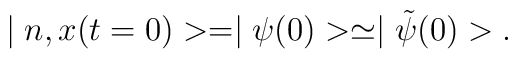
\mid n,x(t=0)> = \mid \psi (0)>  \simeq  \mid \tilde{\psi}(0)>.